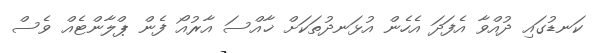
ކަނޑުގައި ދުއްވާ އެފަދަ އެހެން އުޅަނދުތަކަށް ޚާއްސަ އާރުއޯ ފެން ޕްލާންޓެއް ވެސް